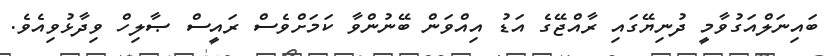
ބައިނަލްއަގުވާމީ ދުނިޔޭގައި ރާއްޖޭގެ އަޑު އިއްވަން ބޭނުންވާ ކަމަށްވެސް ރައީސް ޞާލިހް ވިދާޅުވިއެވެ.